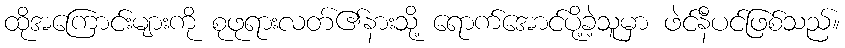
ထိုအကြောင်းများကို စုဖုရားလတ်၏နားသို့ ရောက်အောင်ပို့ခဲ့သူမှာ ဖဲင်နီပင်ဖြစ်သည်။